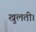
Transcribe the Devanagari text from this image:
खुलती।